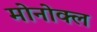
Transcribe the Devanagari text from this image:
मोनोक्ल